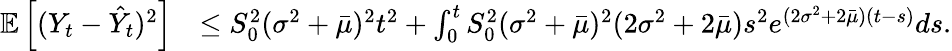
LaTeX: \begin{array}{rl}{\mathbb{E}\left[(Y_{t}-\hat{Y}_{t})^{2}\right]}&{\leq S_{0}^{2}(\sigma^{2}+\bar{\mu})^{2}t^{2}+\int_{0}^{t}S_{0}^{2}(\sigma^{2}+\bar{\mu})^{2}(2\sigma^{2}+2\bar{\mu})s^{2}e^{(2\sigma^{2}+2\bar{\mu})(t-s)}ds.}\end{array}